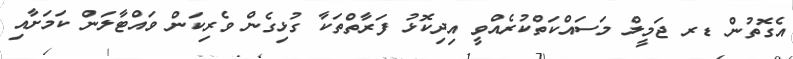
އެގޮތުން ޑރ ޖަމީލް މަސައްކަތްކުރެއްވީ އިދިކޮޅު ފަރާތްތަކާ ގުޅިގެން ވެރިކަން ވައްޓާލަން ކަމަށާއި